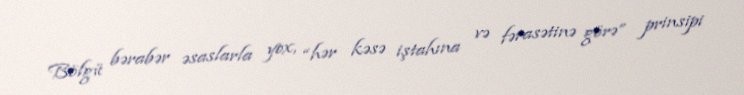
Bölgü bərabər əsaslarla yox, “hər kəsə iştahına və fərasətinə görə” prinsipi